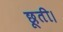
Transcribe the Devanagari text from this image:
छूती।